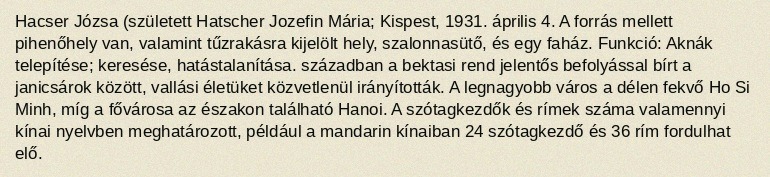
Hacser Józsa (született Hatscher Jozefin Mária; Kispest, 1931. április 4. A forrás mellett pihenőhely van, valamint tűzrakásra kijelölt hely, szalonnasütő, és egy faház. Funkció: Aknák telepítése; keresése, hatástalanítása. században a bektasi rend jelentős befolyással bírt a janicsárok között, vallási életüket közvetlenül irányították. A legnagyobb város a délen fekvő Ho Si Minh, míg a fővárosa az északon található Hanoi. A szótagkezdők és rímek száma valamennyi kínai nyelvben meghatározott, például a mandarin kínaiban 24 szótagkezdő és 36 rím fordulhat elő.